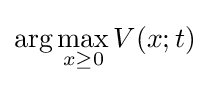
\arg \max _{x\geq 0}V(x;t)